Vaccination in the Punjab 1897-1904 - 1897-1904
Year: 1897
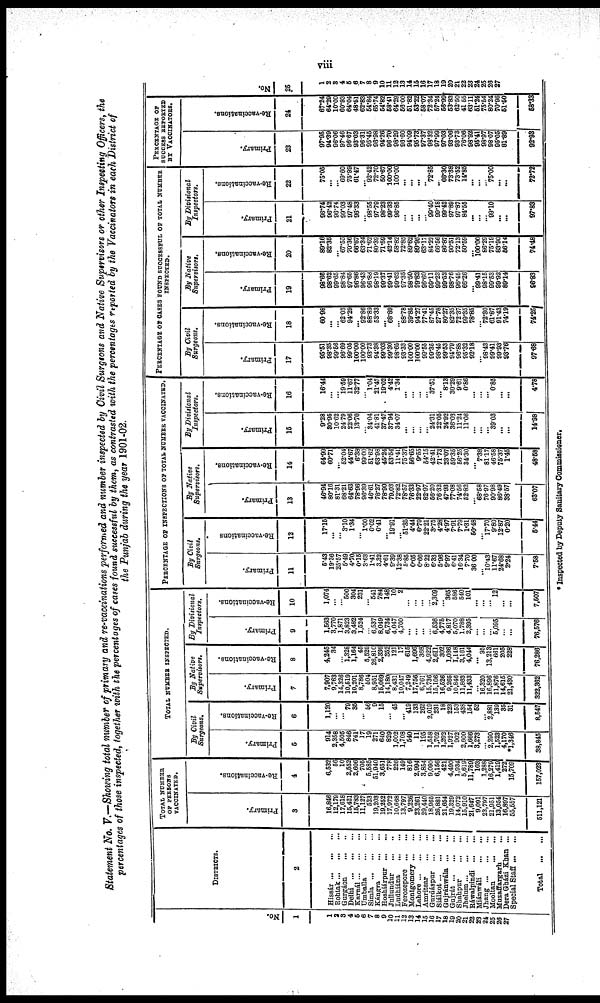
viii
Statement No. V.—Showing total number of primary and re-vaccinations performed and number inspected by Civil Surgeons and Native Supervisors or other Inspecting Officers, the
percentages of those inspected, together with the percentages of cases found successful by them, as contrasted with the percentages reported by the Vaccinators in each District of
the Punjab during the year 1901-02.
No.
1
1
2
3
4
5
6
7
8
9
10
11
12
13
14
15
16
17
18
19
20
21
22
23
24
25
26
27
DISTRICTS.
2
Hissár ... ... ...
Rohtak ... ... ...
Gurgáon ... ...
Delhi ... ... ...
Karnál ... ... ...
Umballa ... ...
Simla ... ... ...
Kángra ... ...
Hoshiárpur
Jullundur ... ...
Ludhiána ... ...
Ferozepore ... ...
Montgomery ... ...
Lahore ... ... ...
Amritsar ... ...
Gurdáspur ... ...
Siálkot
...
...
Gujránwála ... ...
Gujrát ... ... ...
Shahpur ... ... ...
Jhelum ... ... ...
Ráwalpindi
...
...
Miánwáli ... ...
Jhang ... ... ...
Mooltan ... ...
Muzaffargarh ...
Dera Gházi Khan ...
Special Staff ... ...
Total
...
...
TOTAL NUMBER
OF PERSONS
VACCINATED.
Primary.
3
16,846
12,179
17,618
15,421
15,783
11,127
523
19,203
19,252
17,972
10,668
13,797
9,226
23,261
29,440
18,965
26,881
21,654
19,329
14,072
15,910
21,647
9,091
23,797
21,951
13,054
16,897
55,557
511,121
Re-vaccinations.
4
6,532
56
10
2,552
2,606
705
5,585
51,940
3,651
778
226
149
816
2,994
3,854
9,090
6,156
421
4,490
1,934
5,619
11,789
103
1,288
16,279
1,419
272
15,709
157,023
TOTAL NUMBER INSPECTED.
By Civil
Surgeons.
Primary.
5
914
2,358
4,505
846
741
17
19
271
640
829
1,002
1,708
540
11
195
1,558
1,702
1,292
1,927
902
2,600
1,666
3,273
...
2,290
1,523
4,170
*1,346
38,845
Re-vaccinations.
6
1,120
...
...
79
35
... 56
9
15
...
45
...
419
133
262
2,019
231
18
223
153
438
154
52
...
2,881
139
35
31
8,547
By
Native
Supervisors.
Primary.
7
7,907
9,763
14,326
10,519
10,201
8,786
504
8,951
15,069
14,180
8,431
10,047
7,249
17,756
6,761
15,736
15,106
16,526
9,265
10,846
11,863
11,433
...
16,320
16,896
11,876
14,615
21,430
322,362
Re-vaccinations.
8
4,245
34
...
1,328
1,164
45
5,529
26,810
2,336
352
121
17
615
1,696
368
4,922
2,611
302
1,036
1,148
3,161
4,044
...
95
13,213
661
205
228
76,286
By
Divisional
Inspectors.
Primary.
9
1,563
3,770
1,871
3,823
3,482
1,524
...
6,537
8,049
6,734
4,047
4,700
...
...
...
...
6,536
4,775
4,817
5,070
1,788
2,395
...
...
...
5,095
...
...
76,576
Re-vaccinations.
10
1,074
...
...
500
304
231
...
541
784
148
10
2
...
...
...
...
2,309
...
365
586
540
101
...
...
... 12
...
...
7,507
PERCENTAGE OF INSPECTIONS OF TOTAL NUMBER VACCINATED.
By Civil
Surgeons.
Primary.
11
5.43
19.36
25.57
5.49
4.70
0.15
3.63
1.41
3.32
4.61
9.39
12.38
5.85
0.05
0.66
8.22
6.33
5.96
9.97
6.41
16.34
7.70
36.00
... 10.43
11.67
24.68
2.24
7.58
Re-vaccinations
12
17.15
...
... 3.10
1.34
... 1.00
0.02
0.41
... 19.91
... 51.35
4.44
6.79
22.21
3.75
4.28
4.97
7.91
7.79
1.31
50.48
... 17.70
9.80
12.87
0.20
5.44
By Native
Supervisors.
Primary.
13
46.94
80.16
81.31
68.21
64.63
78.96
96.39
46.61
78.27
78.90
79.03
72.82
78.57
76.33
22.97
82.97
56.20
76.32
47.93
77.08
74.56
52.82
... 68.58
76.97
90.98
86.49
38.57
63.07
Re-vaccinations.
14
64.99
60.71
... 52.04
44.67
6.38
99.00
51.62
63.98
45.24
53.54
11.41
75.37
56.65
9.55
54.15
42.41
71.73
23.07
59.35
56.25
34.30
... 7.38
81.17
46.58
75.37
1.45
48.58
By
Divisional
Inspectors.
Primary.
15
9.28
30.95
10.62
24.79
22.06
13.70
...
34.04
41.81
37.47
37.94
34.07
...
...
...
... 24.31
22.05
24.92
36.03
11.24
11.06
...
...
... 39.03
...
...
14.98
Re-vaccinations.
16
16.44
...
... 19.59
11.67
32.77
...
1.04
21.47
19.02
4.42
1.34
...
...
...
...
37.51
... 8.13
30.29
9.61
0.86
...
...
... 0.85
...
...
4.78
PERCENTAGE OF CASES FOUND SUCCESSFUL OF TOTAL NUMBER
INSPECTED.
By Civil
Surgeons.
Primary.
17
95.51
98.35
99.56
96.69
99.05
100.00
100.00
93.73
94.38
99.03
99.30
98.65
93.33
100.00
100.00
99.55
99.35
98.45
99.53
94.79
96.88
95.32
92.18
... 98.43
99.41
99.93
93.76
97.68
Re-vaccinations.
18
60.98
...
... 62.03
94.29
... 92.86
88.89
53.33
... 68.89
... 88.78
39.85
94.27
77.41
87.45
27.78
80.27
82.35
72.37
99.35
78.85
... 72.30
61.87
91.43
74.19
74.25
By Native
Supervisors.
Primary.
19
98.66
98.62
99.65
98.84
97.65
96.86
96.43
96.88
98.19
99.37
99.41
99.62
97.35
98.50
99.82
96.60
99.11
99.23
99.52
98.76
96.46
66.26
... 99.41
98.15
99.53
99.92
89.14
96.83
Re-vaccinations.
20
89.16
82.35
... 67.55
70.36
66.67
63.34
71.62
80.39
71.69
42.14
58.82
72.85
89.62
89.95
63.17
84.22
66.56
86.87
90.51
72.13
50.59
... 100.00
86.29
75.19
83.90
56.14
74.48
By
Divisional
Inspectors.
Primary.
21
96.74
96.42
96.74
99.03
97.48
96.33
... 98.55
97.79
98.23
99.33
96.85
...
... ...
... 99.40
99.18
99.42
97.89
97.87
84.55
...
...
... 99.10
... ...
97.83
Re-vaccinations.
22
75.05
...
... 69.60
75.99
61.47
... 92.42
72.70
50.67
100.00
100.00
...
...
...
... 72.85
... 66.30
73.38
73.52
14.85
...
...
... 75.00
...
...
72.72
PERCENTAGE OF
SUCCESS REPORTED
BY VACCINATORS.
Primary.
23
97.95
94.39
96.06
97.46
96.67
93.03
96.31
95.45
96.98
94.26
96.70
98.29
96.60
94.09
95.73
97.37
98.32
97.99
97.03
93.06
93.73
76.06
98.92
95.41
98.97
98.07
95.05
81.89
92.93
Re-vaccinations.
24
67.24
64.29
10.00
60.93
64.04
48.51
62.83
54.84
65.74
54.82
58.41
64.29
56.00
51.82
53.22
58.07
72.34
57.24
56.99
53.83
62.50
41.55
63.11
51.24
75.54
80.24
70.96
51.50
58.33
No.
25
1
2
3
4
5
6
7
8
9
10
11
12
13
14
15
16
17
18
19
20
21
22
23
24
25
26
27
* Inspected by Deputy Sanitary Commissioner.